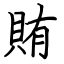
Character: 賄